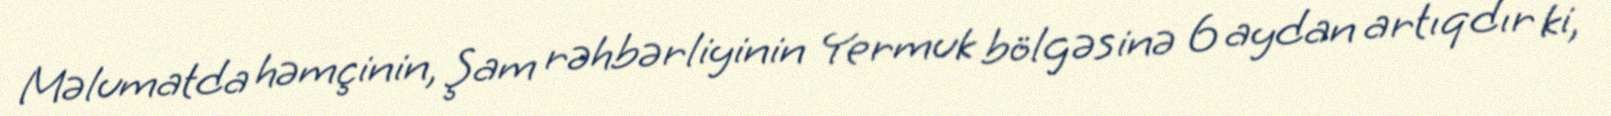
Məlumatda həmçinin, Şam rəhbərliyinin Yermuk bölgəsinə 6 aydan artıqdır ki,